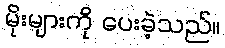
မိုးများကို ပေးခဲ့သည်။